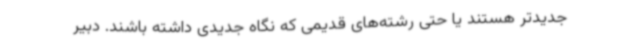
جدیدتر هستند یا حتی رشته‌های قدیمی که نگاه جدیدی داشته باشند. دبیر